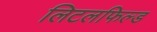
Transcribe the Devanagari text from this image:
लिटलफिल्ड